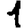
Digit: 1